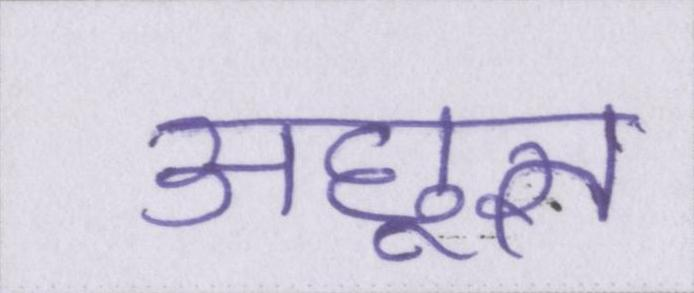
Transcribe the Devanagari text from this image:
अछूत